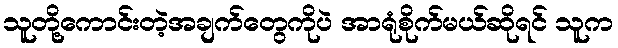
သူတို့ကောင်းတဲ့အချက်တွေကိုပဲ အာရုံစိုက်မယ်ဆိုရင် သူက